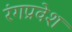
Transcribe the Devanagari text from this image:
रंगप्रवेश